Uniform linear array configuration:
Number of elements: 8
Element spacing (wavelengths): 0.25
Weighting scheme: binomial
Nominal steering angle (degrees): -15
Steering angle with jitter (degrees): -16.396
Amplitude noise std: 0.05
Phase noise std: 0.05

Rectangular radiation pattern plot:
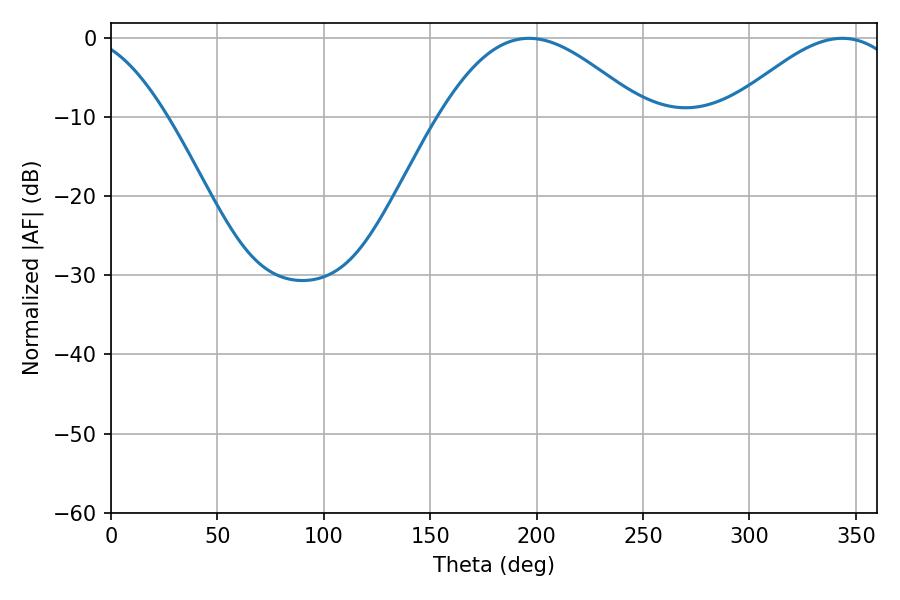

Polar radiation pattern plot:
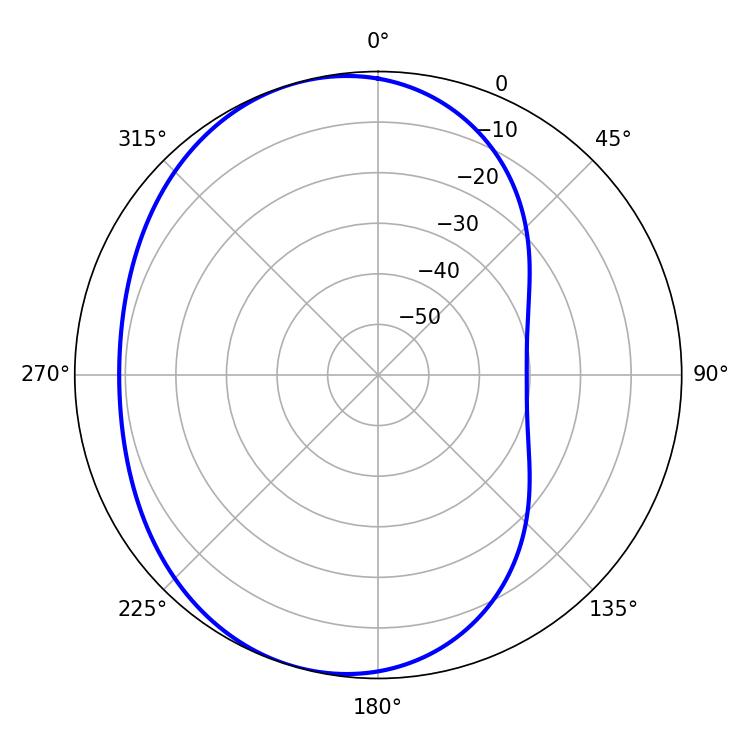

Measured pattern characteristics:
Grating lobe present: FALSE
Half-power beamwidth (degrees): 51.48
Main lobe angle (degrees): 196.38